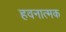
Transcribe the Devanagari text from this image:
हवनात्मक